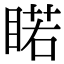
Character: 睰